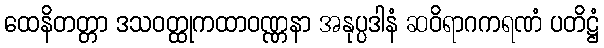
ထေနိတတ္တာ ဒသဝတ္ထုကထာဝဏ္ဏနာ အနုပ္ပဒါနံ ဆဝိရာဂကရဏံ ပတိဋ္ဌံ